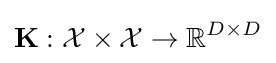
\mathbf {K} :{\mathcal {X}}\times {\mathcal {X}}\rightarrow \mathbb {R} ^{D\times D}